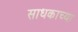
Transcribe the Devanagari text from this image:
साधकाच्या